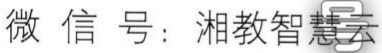
微信号：湘教智慧云